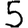
Digit: 5